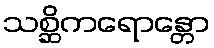
သစ္ဆိကရောန္တော